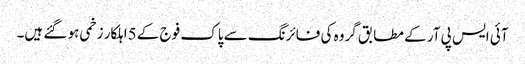
آئی ایس پی آر کے مطابق گروہ کی فائرنگ سے پاک فوج کے 5اہلکار زخمی ہو گئے ہیں۔